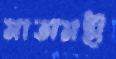
মাতামহী